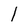
Character: l